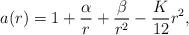
LaTeX: \begin{align*}a(r)=1+\frac{\alpha}{r}+\frac{\beta}{r^2}-\frac{K}{12}r^2,\end{align*}